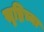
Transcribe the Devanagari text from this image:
सृष्टिच्या